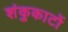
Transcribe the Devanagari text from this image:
शंकुकाटों